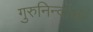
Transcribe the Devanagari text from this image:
गुरुनिन्दाकरं